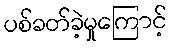
ပစ်ခတ်ခဲ့မှုကြောင့်